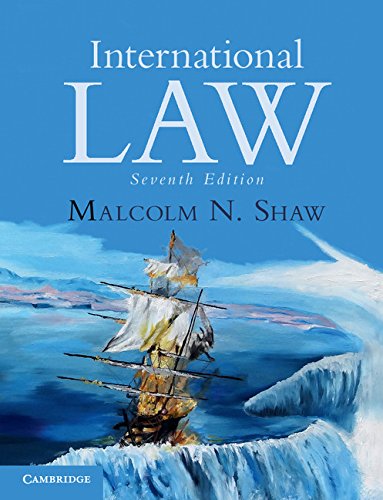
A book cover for International Law; Malcolm N. Shaw; Law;